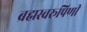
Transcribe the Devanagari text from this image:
ब्रह्मस्वरूपिणी